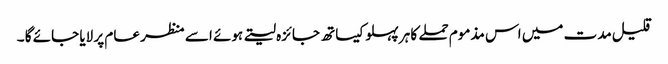
قلیل مدت میں اس مذموم حملے کا ہر پہلو کیساتھ جائزہ لیتے ہوئے اسے منظر عام پر لایا جائے گا ۔